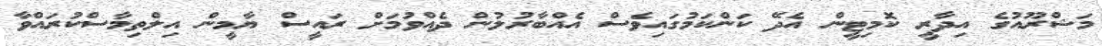
މަޝްރޫއުގެ އިދާރީ ކޮމިޓީން އެދޭ ކަންކަމުގައިވެސް އެއްބާރުލުން ދެއްވުމަށް ރައީސް ޔާމީން އިލްތިމާސްކުރައްވާ